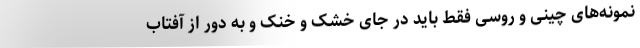
نمونه‌های چینی و روسی فقط باید در جای خشک و خنک و به دور از آفتاب